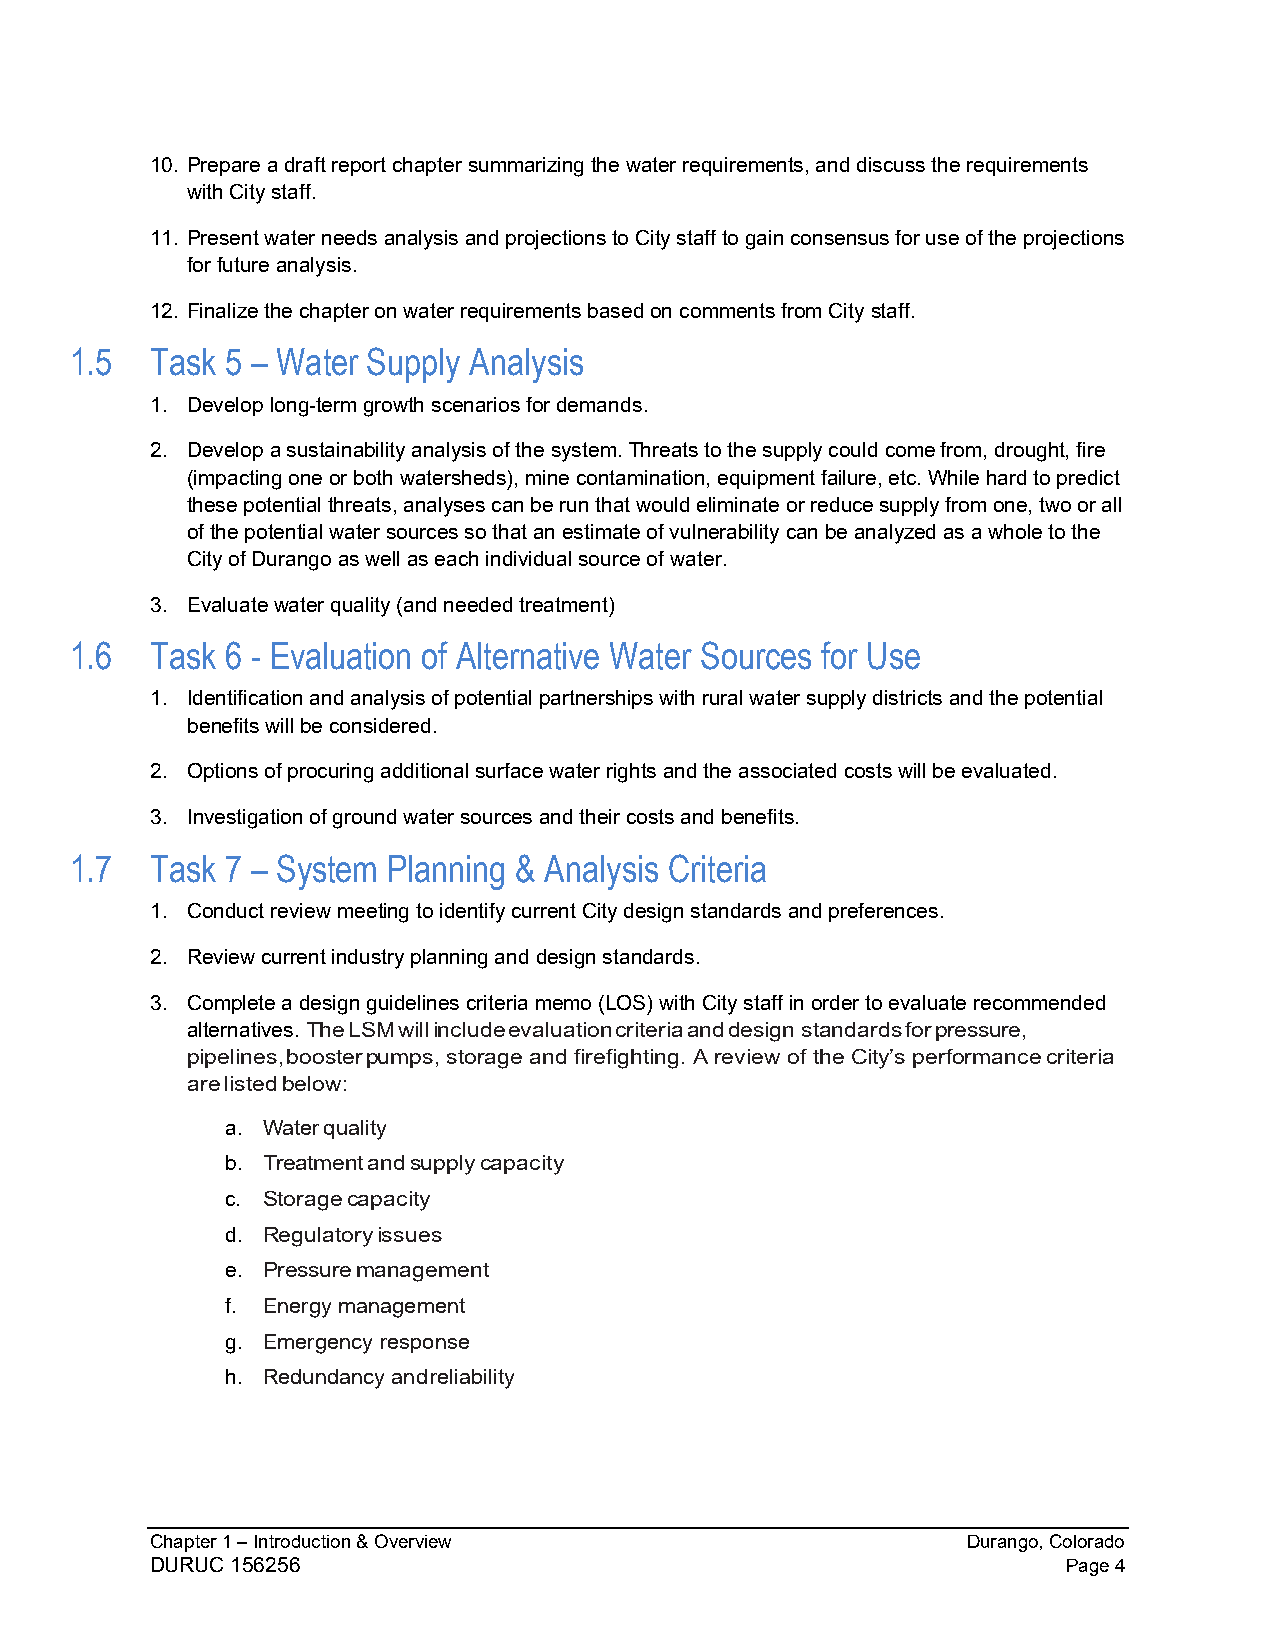
10. Prepare a draft report chapter summarizing the water requirements, and discuss the requirements
 with City staff.
 11. Present water needs analysis and projections to City staff to gain consensus for use of the projections
 for future analysis.
 12. Finalize the chapter on water requirements based on comments from City staff.
 1.5  Task 5 – Water Supply Analysis
 1. Develop long-term growth scenarios for demands.
 2. Develop a sustainability analysis of the system. Threats to the supply could come from, drought, fire
 (impacting one or both watersheds), mine contamination, equipment failure, etc. While hard to predict
 these potential threats, analyses can be run that would eliminate or reduce supply from one, two or all
 of the potential water sources so that an estimate of vulnerability can be analyzed as a whole to the
 City of Durango as well as each individual source of water.
 3. Evaluate water quality (and needed treatment)
 1.6  Task 6 - Evaluation of Alternative Water Sources for Use
 1. Identification and analysis of potential partnerships with rural water supply districts and the potential
 benefits will be considered.
 2. Options of procuring additional surface water rights and the associated costs will be evaluated.
 3. Investigation of ground water sources and their costs and benefits.
 1.7  Task 7 – System Planning & Analysis Criteria
 1. Conduct review meeting to identify current City design standards and preferences.
 2. Review current industry planning and design standards.
 3. Complete a design guidelines criteria memo (LOS) with City staff in order to evaluate recommended
 alternatives. The LSM will include evaluation criteria and design standards for pressure,
 pipelines, booster pumps, storage and firefighting. A review of the City’s performance criteria
 are listed below:
 a. Water quality
 b. Treatment and supply capacity
 c. Storage capacity
 d. Regulatory issues
 e. Pressure management
 f. Energy management
 g. Emergency response
 h. Redundancy and reliability
 Chapter 1 – Introduction & Overview                   Durango, Colorado
 DURUC 156256                                                 Page 4